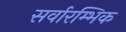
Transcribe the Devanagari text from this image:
सर्वारम्भिक